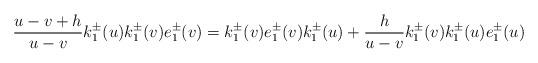
LaTeX: \begin{align*}\frac{u-v+h}{u-v}k_{1}^{\pm}(u)k_{1}^{\pm}(v)e_{1}^{\pm}(v)=k_{1}^{\pm}(v)e_{1}^{\pm}(v)k_{1}^{\pm}(u)+\frac{h}{u-v}k_{1}^{\pm}(v)k_{1}^{\pm}(u)e_{1}^{\pm}(u)\end{align*}